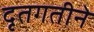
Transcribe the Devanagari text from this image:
दृतगतीने